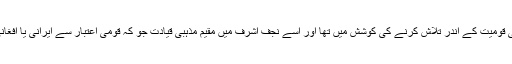
کہا جاتا ہے کہ وہ عراق میں مذہبی قیادت کو خالصتا عراقی قومیت کے اندر تلاش کرنے کی کوشش میں تھا اور اسے نجف اشرف میں مقیم مذہبی قیادت جو کہ قومی اعتبار سے ایرانی یا افغانی بیگ گرونڈ رکھتی ہیں پر کچھ اعتراضات بھی رہے ہیں۔